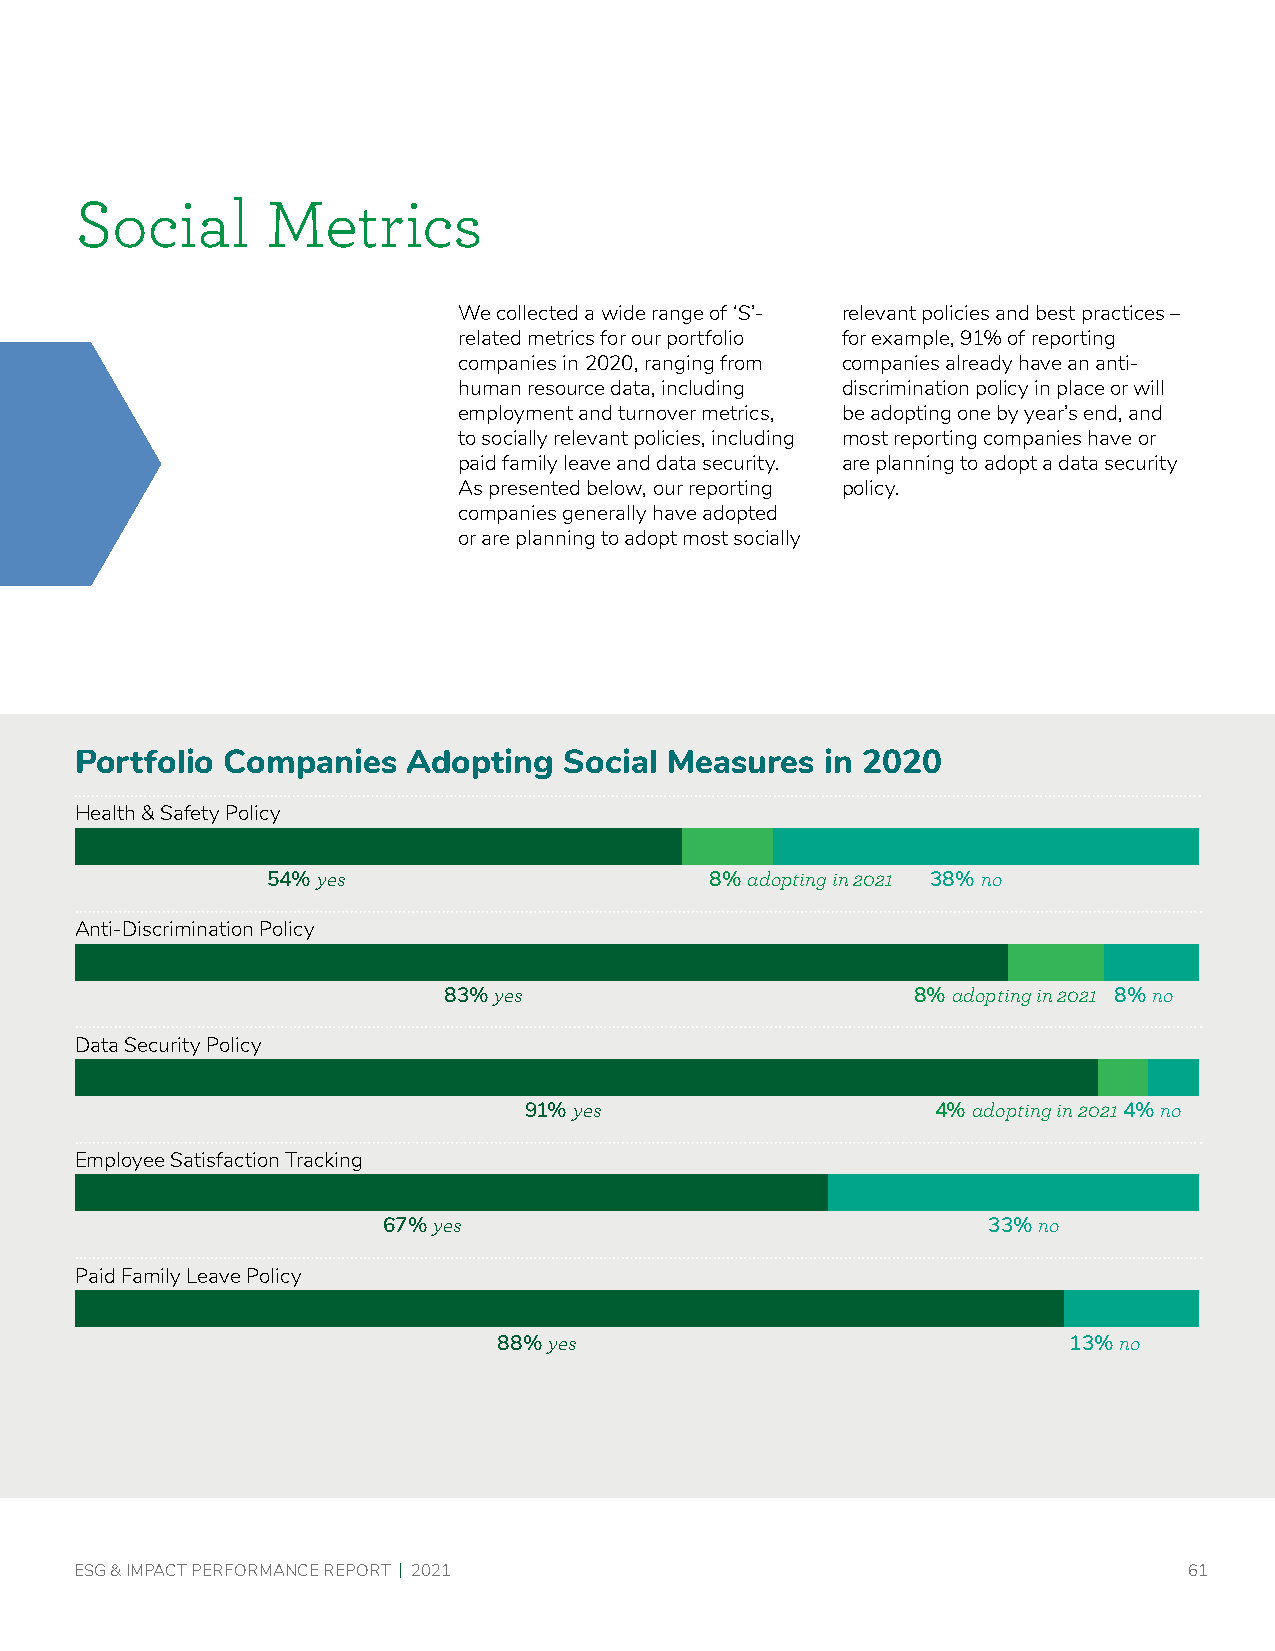
Social       Metrics
 We collected a wide range of ‘S’- relevant policies and best practices –
 related metrics for our portfolio for example, 91% of reporting
 companies in 2020, ranging from companies already have an anti-
 human resource data, including discrimination policy in place or will
 employment and turnover metrics, be adopting one by year’s end, and
 to socially relevant policies, including most reporting companies have or
 paid family leave and data security. are planning to adopt a data security
 As presented below, our reporting policy.
 companies generally have adopted
 or are planning to adopt most socially
 Portfolio Companies   Adopting  Social Measures   in 2020
 Health & Safety Policy
 54% yes                      8% adopting in 2021 38% no
 Anti-Discrimination Policy
 83% yes                         8% adopting in 2021 8% no
 Data Security Policy
 91% yes                    4% adopting in 20214% no
 Employee Satisfaction Tracking
 67% yes                                 33% no
 Paid Family Leave Policy
 88% yes                               13% no
 ESG & IMPACT PERFORMANCE REPORT | 2021                                    61